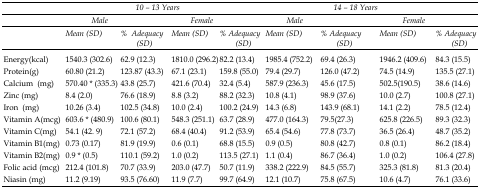
<table><thead><tr><td rowspan="3"></td><td colspan="4"><b><i>10 – 13 Years</i></b></td><td colspan="4"><b><i>14 – 18 Years</i></b></td></tr><tr><td colspan="2"><b><i>Male</i></b></td><td colspan="2"><b><i>Female</i></b></td><td colspan="2"><b><i>Male</i></b></td><td colspan="2"><b><i>Female</i></b></td></tr><tr><td><b><i>Mean</i><i>(SD)</i></b></td><td><b><i>% </i><i>Adequacy</i><i>(SD)</i></b></td><td><b><i>Mean</i><i>(SD)</i></b></td><td><b><i>% </i><i>Adequacy</i><i>(SD)</i></b></td><td><b><i>Mean</i><i>(SD)</i></b></td><td><b><i>% </i><i>Adequacy</i><i>(SD)</i></b></td><td><b><i>Mean</i><i>(SD)</i></b></td><td><b><i>% </i><i>Adequacy</i><i>(SD)</i></b></td></tr></thead><tbody><tr><td>Energy(kcal)</td><td>1540.3(302.6)</td><td>62.9(12.3)</td><td>1810.0(296.2)</td><td>82.2(13.4)</td><td>1985.4(752.2)</td><td>69.4(26.3)</td><td>1946.2(409.6)</td><td>84.3(15.5)</td></tr><tr><td>Protein(g)</td><td>60.80(21.2)</td><td>123.87(43.3)</td><td>67.1(23.1)</td><td>159.8(55.0)</td><td>79.4(29.7)</td><td>126.0(47.2)</td><td>74.5(14.9)</td><td>135.5(27.1)</td></tr><tr><td>Calcium (mg)</td><td>570.40* (335.3)</td><td>43.8(25.7)</td><td>421.6(70.4)</td><td>32.4(5.4)</td><td>587.9(236.3)</td><td>45.6(17.5)</td><td>502.5(190.5)</td><td>38.6(14.6)</td></tr><tr><td>Zinc (mg)</td><td>8.4(2.0)</td><td>76.6(18.9)</td><td>8.8(3.2)</td><td>88.2(32.3)</td><td>10.8(4.1)</td><td>98.9(37.6)</td><td>10.0(2.7)</td><td>100.8(27.1)</td></tr><tr><td>Iron (mg)</td><td>10.26(3.4)</td><td>102.5(34.8)</td><td>10.0(2.4)</td><td>100.2(24.9)</td><td>14.3(6.8)</td><td>143.9(68.1)</td><td>14.1(2.2)</td><td>78.5(12.4)</td></tr><tr><td>Vitamin A(mcg)</td><td>603.6*(480.9)</td><td>100.6(80.1)</td><td>548.3(251.1)</td><td>63.7(28.9)</td><td>477.0(164.3)</td><td>79.5(27.3)</td><td>625.8(226.5)</td><td>89.3(32.3)</td></tr><tr><td>Vitamin C(mg)</td><td>54.1(42. 9)</td><td>72.1(57.2)</td><td>68.4(40.4)</td><td>91.2(53.9)</td><td>65.4(54.6)</td><td>77.8(73.7)</td><td>36.5(26.4)</td><td>48.7(35.2)</td></tr><tr><td>Vitamin B<sub>1</sub>(mg)</td><td>0.73(0.17)</td><td>81.9(19.9)</td><td>0.6(0.1)</td><td>68.8(15.5)</td><td>0.9(0.5)</td><td>80.8(42.7)</td><td>0.8(0.1)</td><td>86.2(18.4)</td></tr><tr><td>Vitamin B<sub>2</sub>(mg)</td><td>0.9*(0.5)</td><td>110.1(59.2)</td><td>1.0(0.2)</td><td>113.5(27.1)</td><td>1.1(0.4)</td><td>86.7(36.4)</td><td>1.0(0.2)</td><td>106.4(27.8)</td></tr><tr><td>Folic acid (mcg)</td><td>212.4(101.8)</td><td>70.7(33.9)</td><td>203.0(47.7)</td><td>50.7(11.9)</td><td>338.2(222.9)</td><td>84.5(55.7)</td><td>325.3(81.8)</td><td>81.3(20.4)</td></tr><tr><td>Niasin (mg)</td><td>11.2(9.19)</td><td>93.5(76.60)</td><td>11.9(7.7)</td><td>99.7(64.9)</td><td>12.1(10.7)</td><td>75.8(67.5)</td><td>10.6(4.7)</td><td>76.1(33.6)</td></tr></tbody></table>